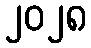
၂၀၂၈